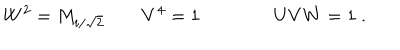
LaTeX: W ^ { 2 } = M _ { i / \sqrt 2 } \qquad V ^ { 4 } = 1 \qquad \qquad U V W = 1 \ .